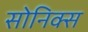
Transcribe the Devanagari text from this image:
सोनिक्स